Civil Veterinary Department Bengal reports 1933-51 - 1933-1951
Year: 1933
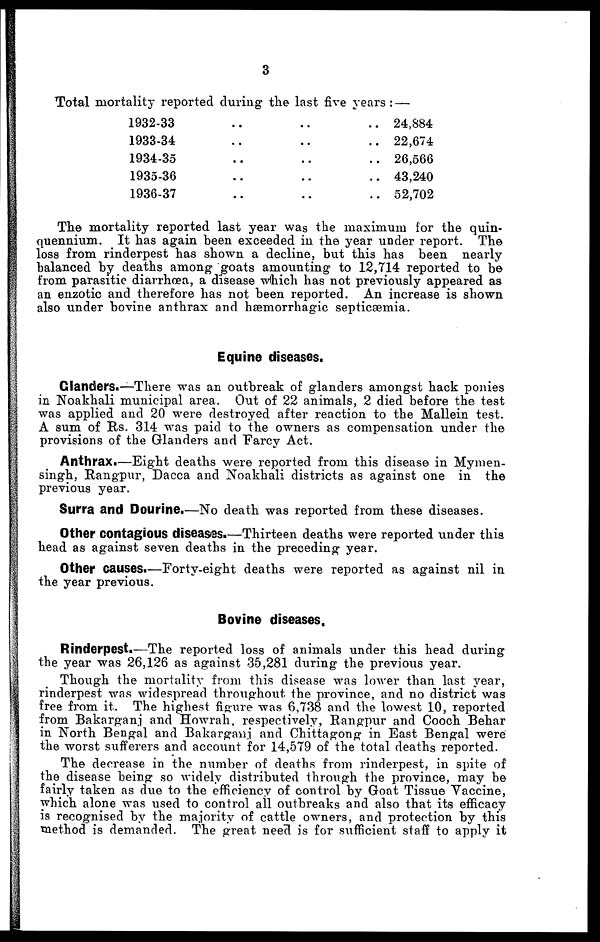
3
Total mortality- reported during the last five years : —
1932-33
1933-34
1934-35
1935-36
1936-37
..
..
..
..
..
..
..
..
..
..
..
..
..
..
..
24,884
22,674
26,566
43,240
52,702
The mortality reported last year was the maximum for the quin-
quennium. It has again been exceeded in the year under report. The
loss from rinderpest has shown a decline, but this has been nearly
balanced by deaths among goats amounting to 12,714 reported to be
from parasitic diarrhoea, a disease which has not previously appeared as
an enzotic and therefore has not been reported. An increase is shown
also under bovine anthrax and hæmorrhagic septicæmia.
Equine diseases.
Glanders.—There was an outbreak of glanders amongst hack ponies
in Noakhali municipal area. Out of 22 animals, 2 died before the test
was applied and 20 were destroyed after reaction to the Mallein test.
A sum of Rs. 314 was paid to the owners as compensation under the
provisions of the Glanders and Farcy Act.
Anthrax.—Eight deaths were reported from this disease in Mymen-
singh, Rangpur, Dacca and Noakhali districts as against one in the
previous year.
Surra and Dourine.—No death was reported from these diseases.
Other contagious diseases.—Thirteen deaths were reported under this
head as against seven deaths in the preceding year.
Other causes.—Forty-eight deaths were reported as against nil in
the year previous.
Bovine diseases.
Rinderpest.—The reported loss of animals under this head during
the year was 26,126 as against 35,281 during the previous year.
Though the mortality from this disease was lower than last year,
rinderpest was widespread throughout the province, and no district was
free from it. The highest figure was 6,738 and the lowest 10, reported
from Bakarganj and Howrah, respectively, Rangpur and Cooch Behar
in North Bengal and Bakarganj and Chittagong in East Bengal were
the worst sufferers and account for 14,579 of the total deaths reported.
The decrease in the number of deaths from rinderpest, in spite of
the disease being so widely distributed through the province, may be
fairly taken as due to the efficiency of control by Goat Tissue Vaccine,
which alone was used to control all outbreaks and also that its efficacy
is recognised by the majority of cattle owners, and protection by this
method is demanded. The great need is for sufficient staff to apply it